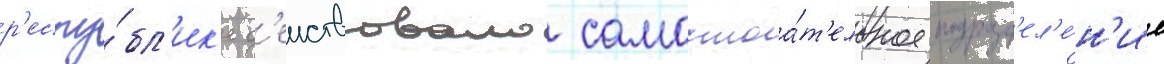
р'еспу́бл'ик'е д'еиствовало самостоа́т'ельное подразд'ел'е́н'ие